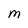
Character: M